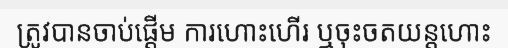
ត្រូវបានចាប់ផ្តើម ការហោះហើរ ឬចុះចតយន្តហោះ